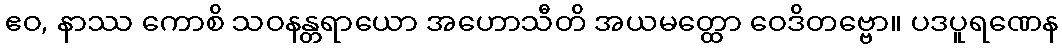
ဧဝ, နာဿ ကောစိ သဝနန္တရာယော အဟောသီတိ အယမတ္ထော ဝေဒိတဗ္ဗော။ ပဒပူရဏေန